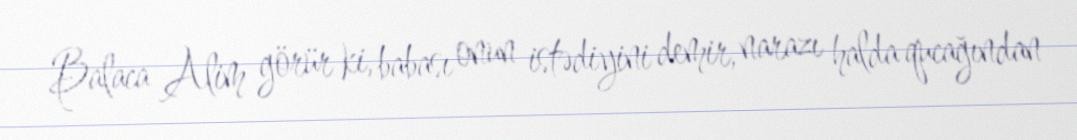
Balaca Alim görür ki, babası onun istədiyini demir, narazı halda qucağından